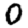
Digit: 0